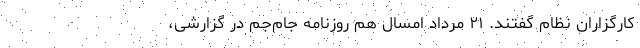
کارگزاران نظام گفتند. ۲۱ مرداد امسال هم روزنامه جام‌جم در گزارشی،